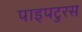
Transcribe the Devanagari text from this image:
पाइपटुरस